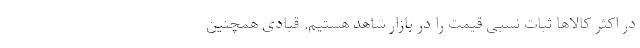
در اکثر کالاها ثبات نسبی قیمت را در بازار شاهد هستیم. قبادی همچنین